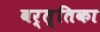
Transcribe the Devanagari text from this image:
बर्त्तिका